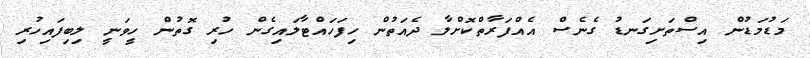
މަޑުމަޑުން އިސްތަށިގަނޑު ގެނެސް އެއްފަރާތްކޮށްލާ ދެއަތުން ހިފަހައްޓާލައިގެން ހުރި ގޮތުން ހީވަނީ ލިބިފައިހުރި